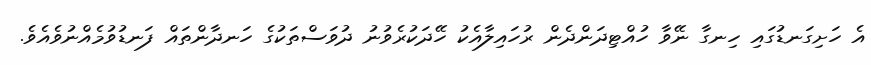
އެ ހަށިގަނޑުގައި ހިނގާ ނޭވާ ހުއްޓިދަންދެން ރުހައިލާއެކު ހޭދަކުރެވުނު ދުވަސްތަކުގެ ހަނދާންތައް ފަނޑުވުމެއްނުވެއެވެ.